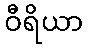
ဝီရိယာ